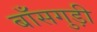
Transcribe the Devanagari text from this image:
बाँसगुड़ी